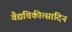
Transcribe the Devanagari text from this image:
वैद्यचिकीत्सादिन